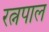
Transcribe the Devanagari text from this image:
रत्नपाल